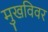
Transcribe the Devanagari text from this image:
मुखविवर